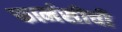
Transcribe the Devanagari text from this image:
फार्मसीची